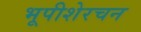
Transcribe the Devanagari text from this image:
भूपीशेरचन